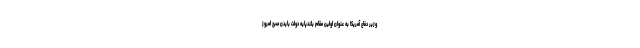
وزیر دفاع آمریکا به عنوان اولین مقام بلندپایه دولت بایدن صبح امروز